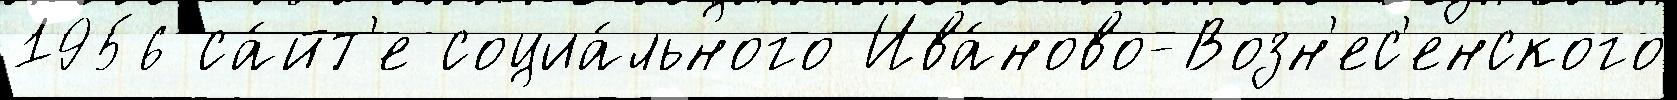
1956 са́йт'е социа́льного Ива́ново-Возн'ес'енского